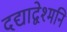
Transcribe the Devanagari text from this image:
दद्याद्वेश्मनि